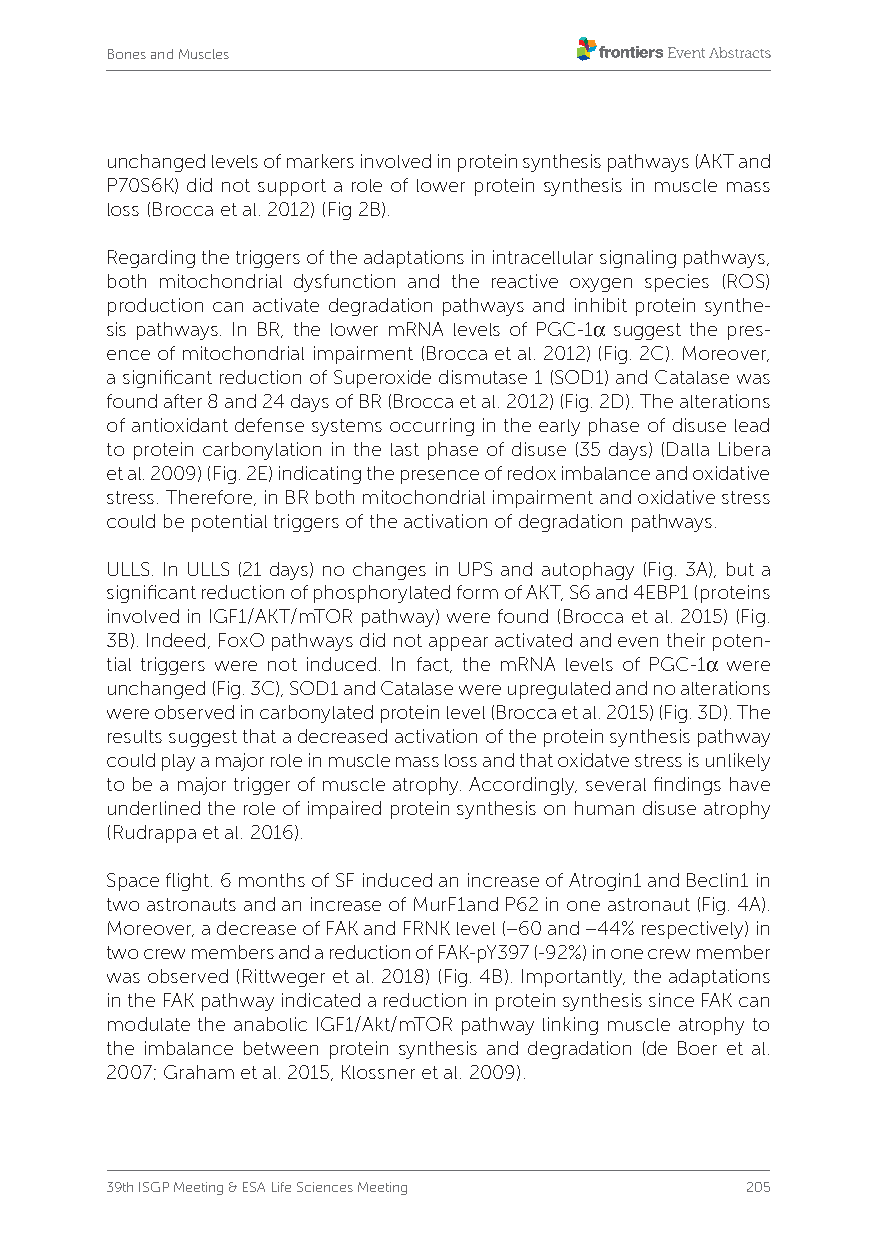
Bones and Muscles
 unchanged levels of markers involved in protein synthesis pathways (AKT and
 P70S6K) did not support a role of lower protein synthesis in muscle mass
 loss (Brocca et al. 2012) (Fig 2B).
 Regarding the triggers of the adaptations in intracellular signaling pathways,
 both mitochondrial dysfunction and the reactive oxygen species (ROS)
 production can activate degradation pathways and inhibit protein synthe-
 sis pathways. In BR, the lower mRNA levels of PGC-1α suggest the pres-
 ence of mitochondrial impairment (Brocca et al. 2012) (Fig. 2C). Moreover,
 a significant reduction of Superoxide dismutase 1 (SOD1) and Catalase was
 found after 8 and 24 days of BR (Brocca et al. 2012) (Fig. 2D). The alterations
 of antioxidant defense systems occurring in the early phase of disuse lead
 to protein carbonylation in the last phase of disuse (35 days) (Dalla Libera
 et al. 2009) (Fig. 2E) indicating the presence of redox imbalance and oxidative
 stress. Therefore, in BR both mitochondrial impairment and oxidative stress
 could be potential triggers of the activation of degradation pathways.
 ULLS. In ULLS (21 days) no changes in UPS and autophagy (Fig. 3A), but a
 significant reduction of phosphorylated form of AKT, S6 and 4EBP1 (proteins
 involved in IGF1/AKT/mTOR pathway) were found (Brocca et al. 2015) (Fig.
 3B). Indeed, FoxO pathways did not appear activated and even their poten-
 tial triggers were not induced. In fact, the mRNA levels of PGC-1α were
 unchanged (Fig. 3C), SOD1 and Catalase were upregulated and no alterations
 were observed in carbonylated protein level (Brocca et al. 2015) (Fig. 3D). The
 results suggest that a decreased activation of the protein synthesis pathway
 could play a major role in muscle mass loss and that oxidatve stress is unlikely
 to be a major trigger of muscle atrophy. Accordingly, several findings have
 underlined the role of impaired protein synthesis on human disuse atrophy
 (Rudrappa et al. 2016).
 Space flight. 6 months of SF induced an increase of Atrogin1 and Beclin1 in
 two astronauts and an increase of MurF1and P62 in one astronaut (Fig. 4A).
 Moreover, a decrease of FAK and FRNK level (−60 and −44% respectively) in
 two crew members and a reduction of FAK-pY397 (-92%) in one crew member
 was observed (Rittweger et al. 2018) (Fig. 4B). Importantly, the adaptations
 in the FAK pathway indicated a reduction in protein synthesis since FAK can
 modulate the anabolic IGF1/Akt/mTOR pathway linking muscle atrophy to
 the imbalance between protein synthesis and degradation (de Boer et al.
 2007; Graham et al. 2015, Klossner et al. 2009).
 39th ISGP Meeting & ESA Life Sciences Meeting 205